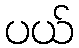
ပယ်